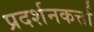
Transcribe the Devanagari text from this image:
प्रदर्शनकर्त्ता